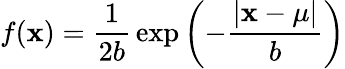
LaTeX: f(\mathbf{x})={\frac{{1}}{{2b}}}\exp\left(-{\frac{{|\mathbf{x}-\mu|}}{{b}}}\right)